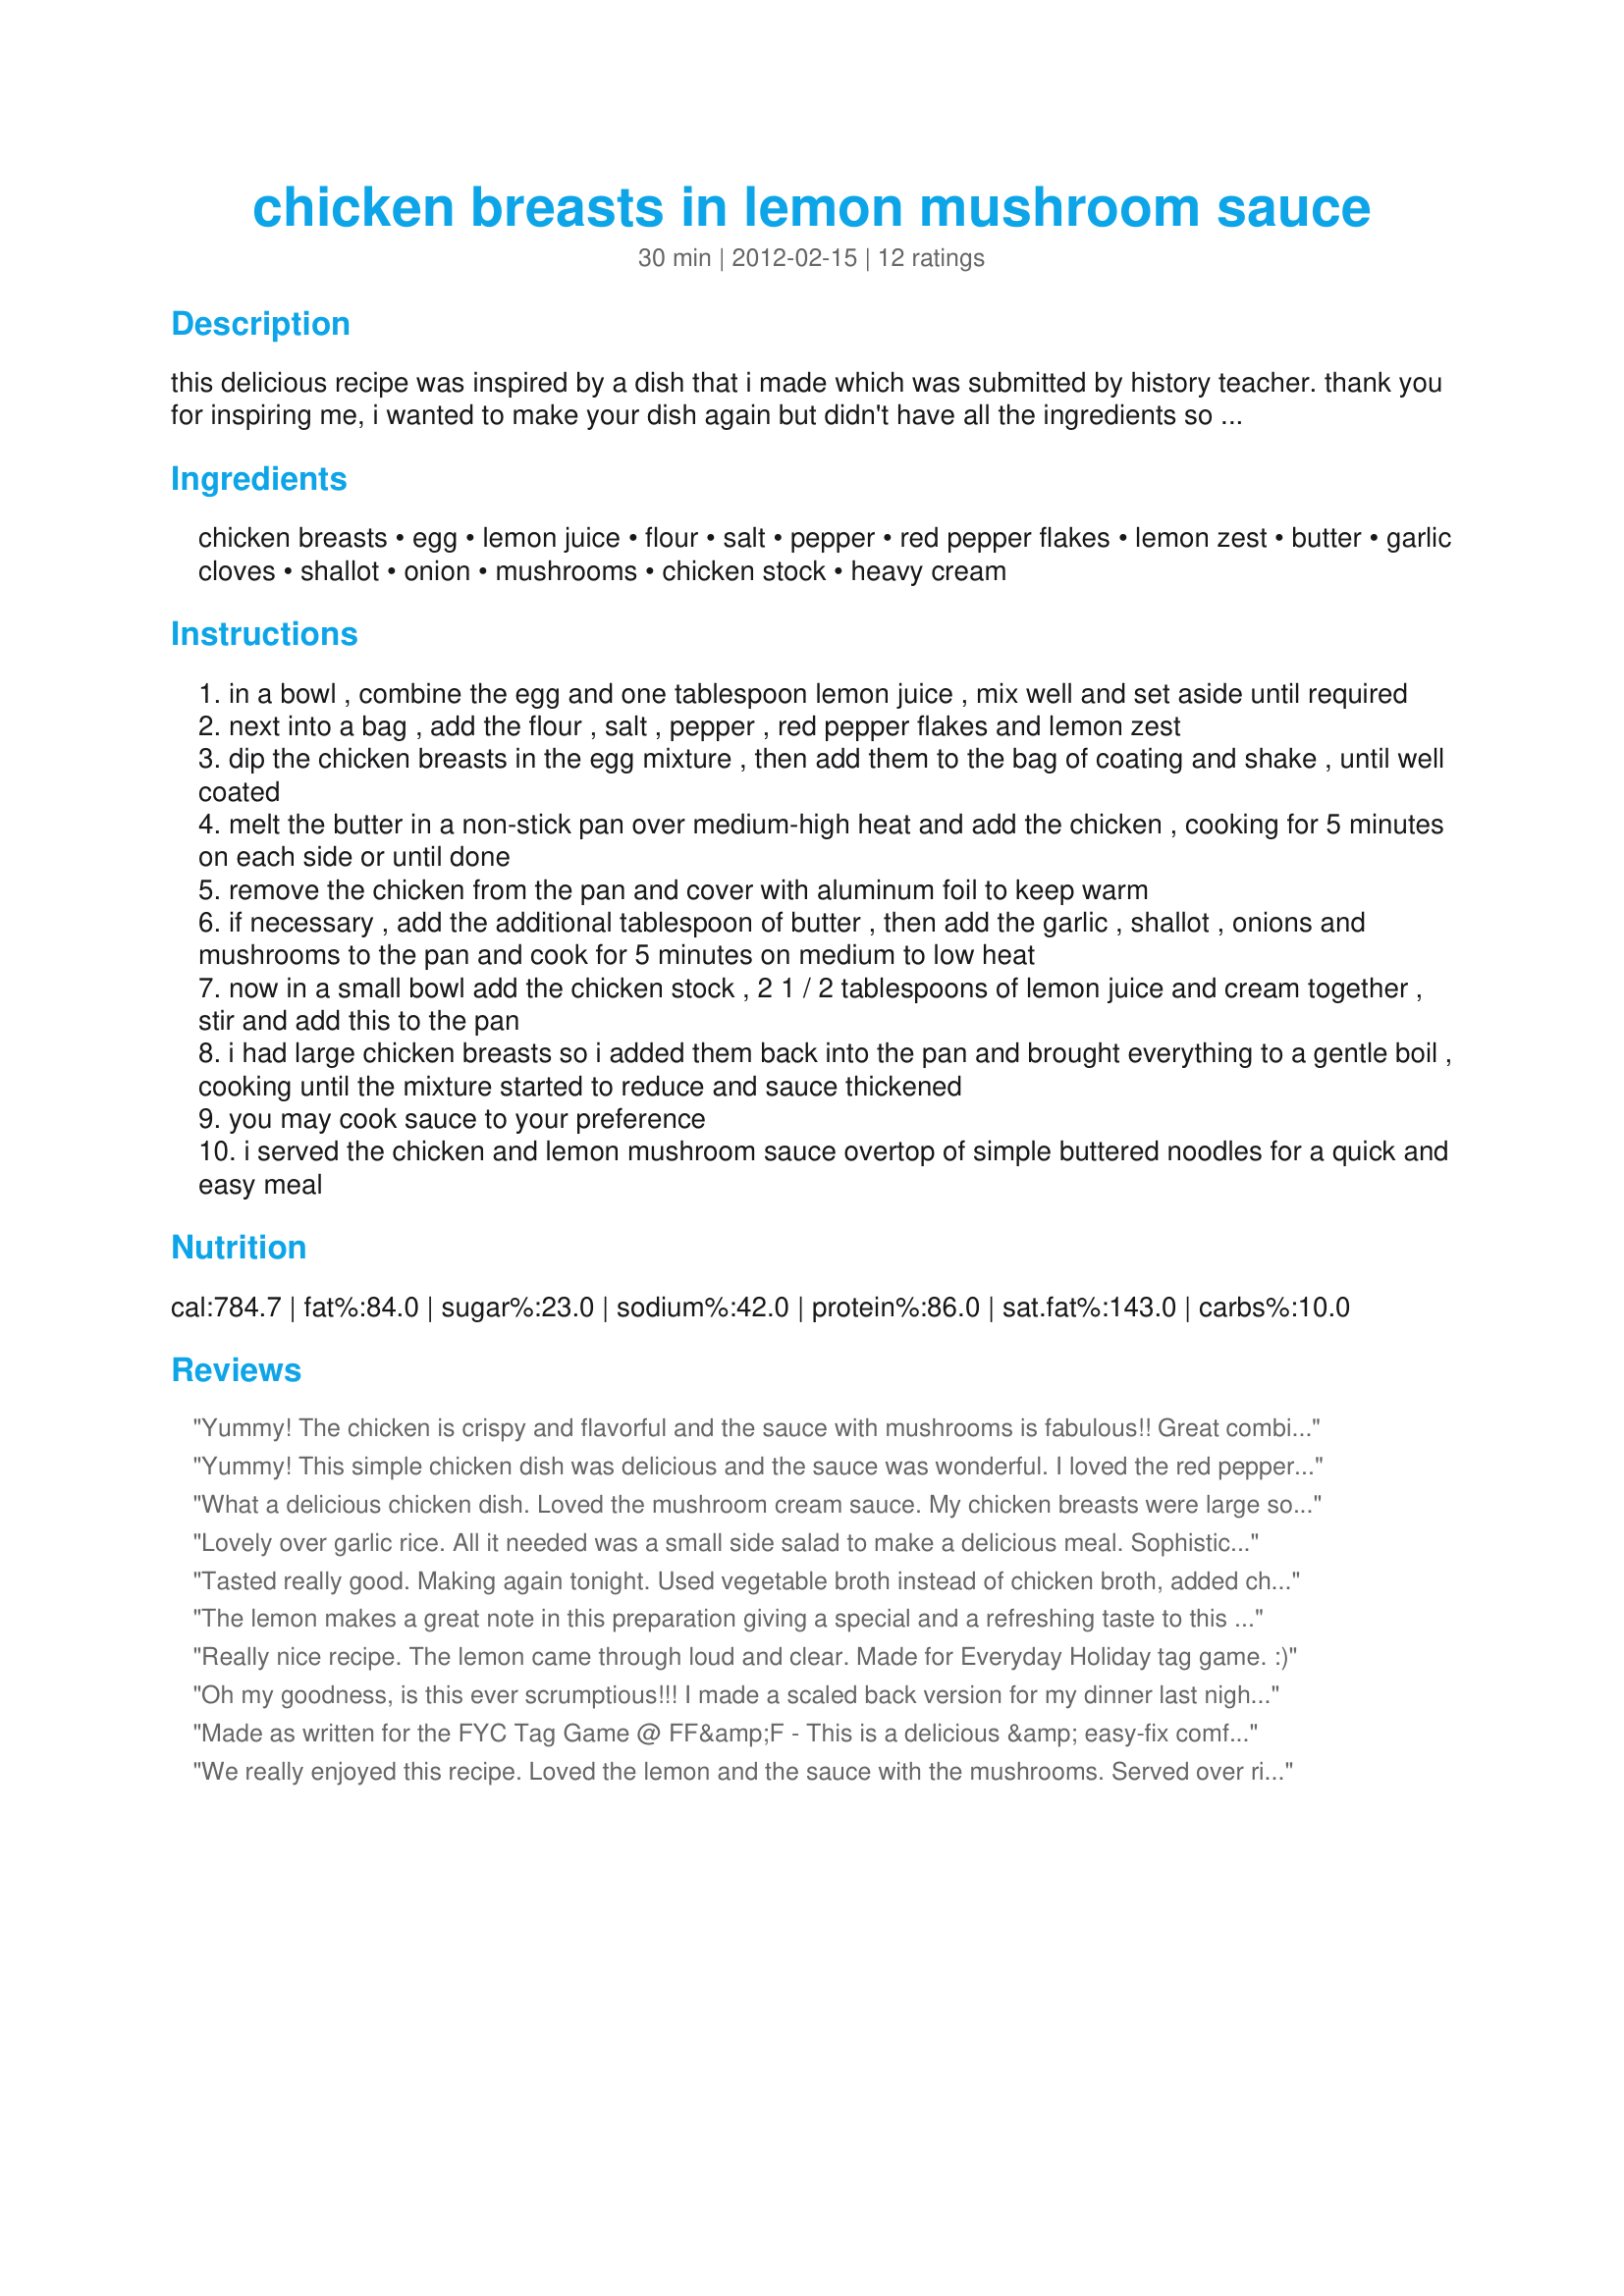
chicken breasts in lemon mushroom sauce
Preparation time: 30 minutes

this delicious recipe was inspired by a dish that i made which was submitted by history teacher. thank you for inspiring me, i wanted to make your dish again but didn't have all the ingredients so i improvised and this was the result. it is quick and easy to make with a pronounced lemon flavor. we enjoyed it served over noodles.

Ingredients:
chicken breasts, egg, lemon juice, flour, salt, pepper, red pepper flakes, lemon zest, butter, garlic cloves, shallot, onion, mushrooms, chicken stock, heavy cream

Steps:
in a bowl , combine the egg and one tablespoon lemon juice , mix well and set aside until required
next into a bag , add the flour , salt , pepper , red pepper flakes and lemon zest
dip the chicken breasts in the egg mixture , then add them to the bag of coating and shake , until well coated
melt the butter in a non-stick pan over medium-high heat and add the chicken , cooking for 5 minutes on each side or until done
remove the chicken from the pan and cover with aluminum foil to keep warm
if necessary , add the additional tablespoon of butter , then add the garlic , shallot , onions and mushrooms to the pan and cook for 5 minutes on medium to low heat
now in a small bowl add the chicken stock , 2 1 / 2 tablespoons of lemon juice and cream together , stir and add this to the pan
i had large chicken breasts so i added them back into the pan and brought everything to a gentle boil , cooking until the mixture started to reduce and sauce thickened
you may cook sauce to your preference
i served the chicken and lemon mushroom sauce overtop of simple buttered noodles for a quick and easy meal

Reviews:
Yummy! The chicken is crispy and flavorful and the sauce with mushrooms is fabulous!! Great combination. This was an easy recipe to prepare and really delicious. I served this over rice. Thank you!! Made for the Best of 2013 game/recommended by Diner524.
Yummy! This simple chicken dish was delicious and the sauce was wonderful. I loved the red pepper flakes in the sauce - it really made it flavorful and added a bit of surprise. Thanks for sharing this nice keeper, BK. Made for For Your Consideration tag.
What a delicious chicken dish. Loved the mushroom cream sauce. My chicken breasts were large so after I browned them, I let them cook in the oven for a little while and then returned them to the sauce as it thickened. Next time, I would lessen the lemon juice just a bit; otherwise, I wouldn&#039;t change a thing. : )
Lovely over garlic rice. All it needed was a small side salad to make a delicious meal. Sophisticated flavors that all love each other. We loved this.
Tasted really good. Making again tonight. Used vegetable broth instead of chicken broth, added chopped sauteed spinach and didn't use the onion but did use the shallot. Highly recommend!
The lemon makes a great note in this preparation giving a special and a refreshing taste to this wonderful easy and quick chicken recipe. For a working day&#039;s dinner of for guests, this will be appreciated very much!
Really nice recipe. The lemon came through loud and clear. Made for Everyday Holiday tag game. :)
Oh my goodness, is this ever scrumptious!!! I made a scaled back version for my dinner last night. I used a chicken breast, that I butterflied and cut in half, which was way more then I could eat, but now I have fantastic lunch leftovers. I used baby portabella mushrooms and followed the rest as written. I served it over pasta with green beans and garlic bread, yummy!!<br/>Thanks so much for sharing your recipe. Made for Went to the Market Tag Game.
Made as written for the FYC Tag Game @ FF&amp;F - This is a delicious &amp; easy-fix comfort food type recipe IMO &amp; ideal to serve just the 2 of us. My chicken breasts were very large, so I cut them into 3 tenders each. The cook time was quick, but the normally can be dry chicken stayed moist &amp; flavorful. We esp liked the flavorful sauce that was very welcome w/the chicken (&amp; potatoes). The lemon flavor &quot;brightens&quot; the sauce &amp; is a lovely presence. Thx for sharing this tasty recipe w/us, BK.
We really enjoyed this recipe. Loved the lemon and the sauce with the mushrooms. Served over rice to make good use of the sauce. Thanks for sharing.
delicious and satisfying dish. We loved it and will make again and again
this is perfect with rice loved this
